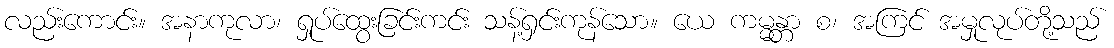
လည်းကောင်း။ အနာကုလာ၊ ရှုပ်ထွေးခြင်းကင်း သန့်ရှင်းကုန်သော။ ယေ ကမ္မန္တာ စ၊ အကြင် အမှုလုပ်တို့သည်